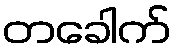
တခေါက်